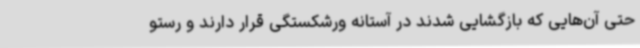
حتی آن‌هایی که بازگشایی شدند در آستانه ورشکستگی قرار دارند و رستو